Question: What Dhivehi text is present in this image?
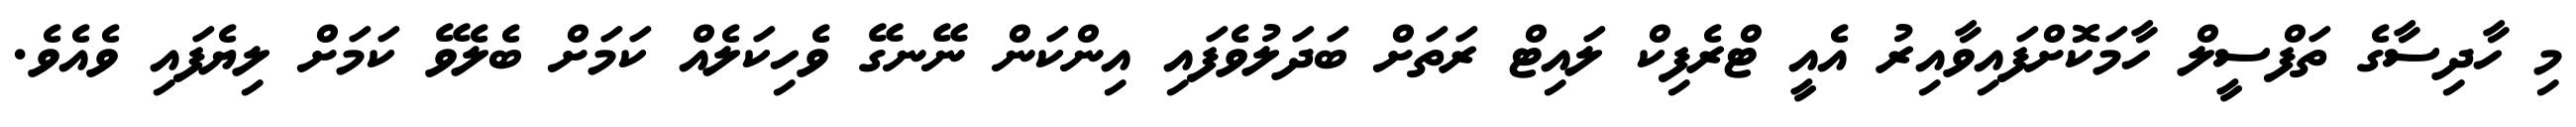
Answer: މި ހާދިސާގެ ތަފްސީލް ހާމަކޮށްފައިވާއިރު އެއީ ޓްރެފިކް ލައިޓް ރަތަށް ބަދަލުވެފައި އިންކަން ނޭނގޭ ވެހިކަލެއް ކަމަށް ބެލެވޭ ކަމަށް ލިޔެފައި ވެއެވެ.